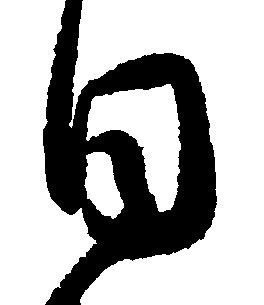
日